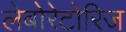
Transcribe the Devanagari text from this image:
लेबोरेटोरिज